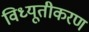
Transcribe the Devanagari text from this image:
विध्यूतीकरण